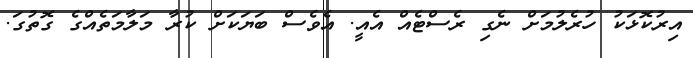
އިރުކޮޅަކު ހުރެލުމަށް ނެގި ރެސްޓެއް އެއީ. އެވެސް ބަޔަކަށް ކުރާ މަލާމަތެއްގެ ގޮތުގަ.